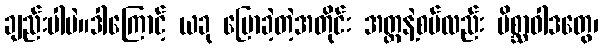
ချည်းပါပဲ။ဒါကြောင့် ယခု ပြောခဲ့တဲ့အတိုင်း အတ္တနဲ့စပ်လည်း မိစ္ဆာဝါဒတွေ၊